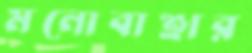
মনোবাঞ্ছার